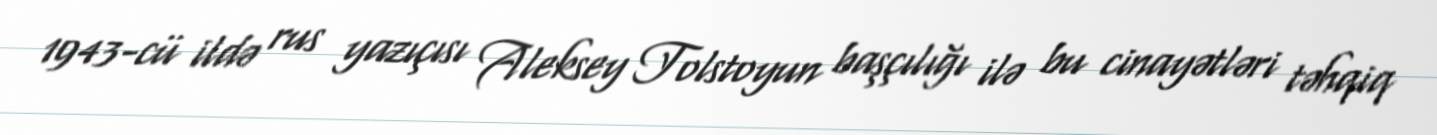
1943-cü ildə rus yazıçısı Aleksey Tolstoyun başçılığı ilə bu cinayətləri təhqiq